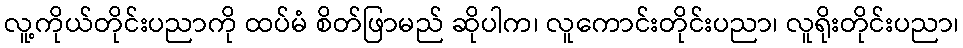
လူ့ကိုယ်တိုင်းပညာကို ထပ်မံ စိတ်ဖြာမည် ဆိုပါက၊ လူကောင်းတိုင်းပညာ၊ လူရိုးတိုင်းပညာ၊